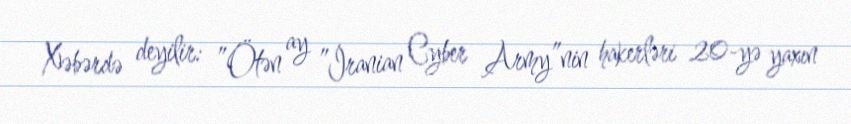
Xəbərdə deyilir: ”Ötən ay ”İranian Cyber Army”nin hakerləri 20-yə yaxın